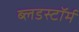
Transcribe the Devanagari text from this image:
ब्लडस्टॉर्म